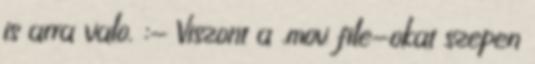
is arra valo. :- Viszont a .mov file-okat szepen